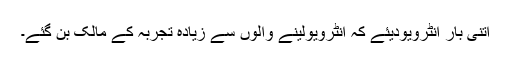
اتنی بار انٹرویودیئے کہ انٹرویولینے والوں سے زیادہ تجربہ کے مالک بن گئے۔